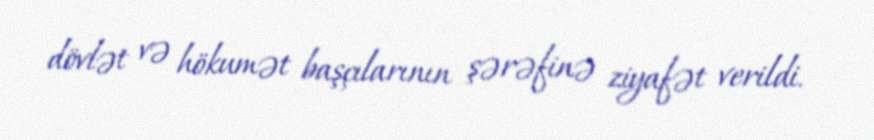
dövlət və hökumət başçılarının şərəfinə ziyafət verildi.